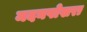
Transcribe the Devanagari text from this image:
मदनपोखरा